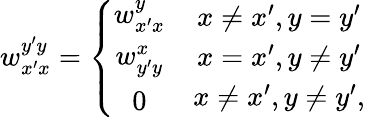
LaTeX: w_{x^{\prime}x}^{y^{\prime}y}=\left\{ \begin{array}{ll}{\begin{array}{c}{w_{x^{\prime}x}^{y}}\\ {w_{y^{\prime}y}^{x}}\\ {0}\end{array}}&{\begin{array}{c}{x\neq x^{\prime},y=y^{\prime}}\\ {x=x^{\prime},y\neq y^{\prime}}\\ {x\neq x^{\prime},y\neq y^{\prime},}\end{array}}\end{array}\right.